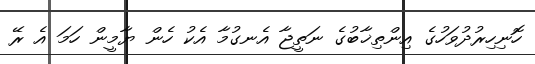
ހޮނިހިރުދުވަހުގެ އިންތިޚާބުގެ ނަތީޖާ އެނގުމާ އެކު ހެން ޔާމީން ހަމަ އެ ރޭ